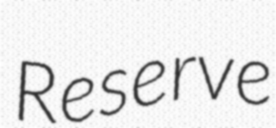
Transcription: Reserve